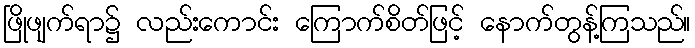
ဖြိုဖျက်ရာ၌ လည်းကောင်း ကြောက်စိတ်ဖြင့် နောက်တွန့်ကြသည်။